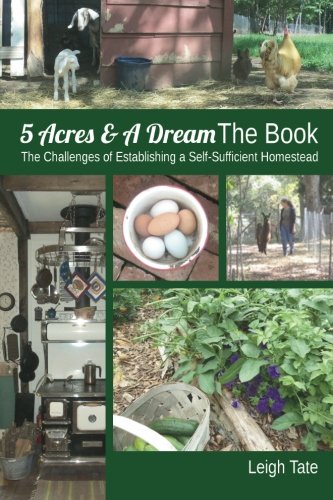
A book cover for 5 Acres & A Dream The Book: The Challenges of Establishing a Self-Sufficient Homestead; Leigh Tate; Science & Math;